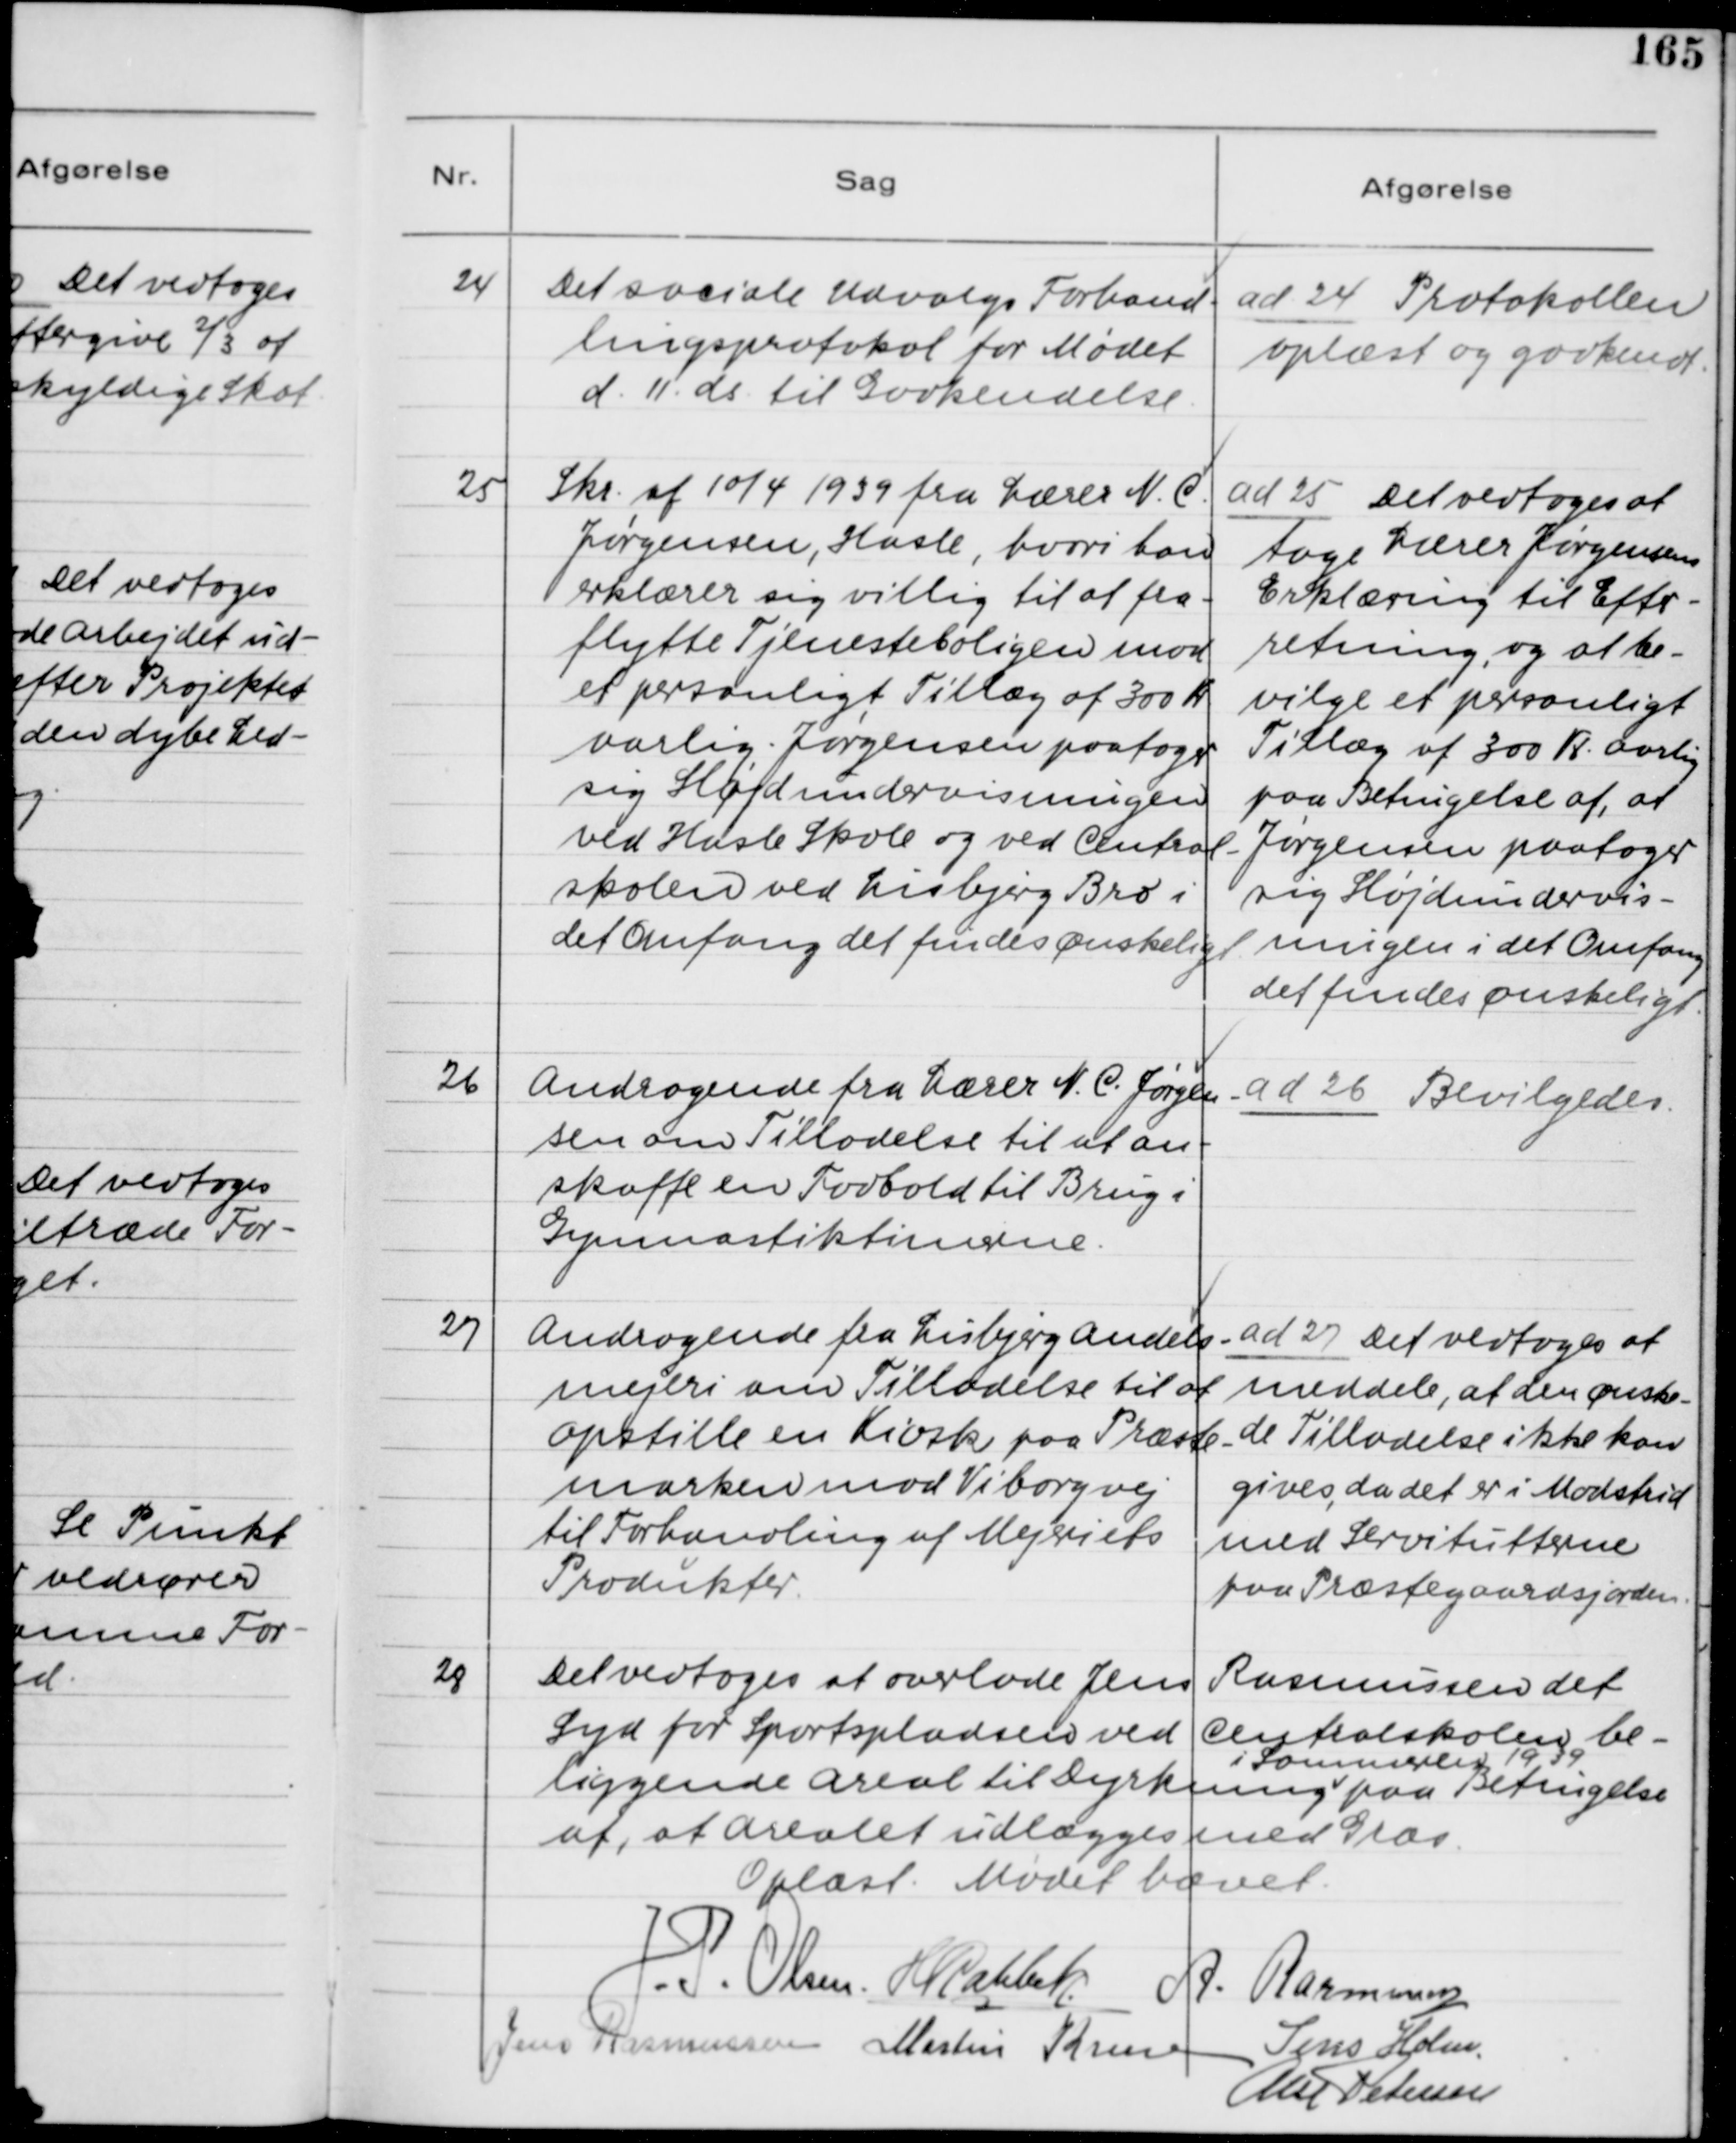
Transskription:
24

Det sociale Udvalgs Forhand-
lingsprotokol for Mødet
d. 11. ds. til Godkendelse.

ad 24. Protokollen
oplæst og godkendt

25

Skr. af 10/4 39 fra Lærer N. C.
Jørgensen, Hasle, hvori han
erklærer sig villig til at fra-
flytte Tjenesteboligen mod
et personligt Tillæg af 300 Kr.
aarlig. Jørgensen paatager
sig Sløjdundervisningen
ved Hasle Skole og ved Central-
skolen ved Lisbjerg Bro i
det Omfang det findes Ønskeligt.

ad 25. Det vedtoges at
tage Lærer Jørgensens
Erklæring til Efter-
retning, og at be-
vilge et personligt
Tillæg af 300 Kr. aarlig
paa Betingelse af, at
Jørgensen paatager
sig Sløjdundervis-
ningen i det Omfang
det findes ønskeligt.

26

Andragende fra Lærer N. C. Jørgen-
sen om Tilladelse til at an-
skaffe en Fodbold til Brug i
Gymnastiktimerne.

ad 26. Bevilgedes.

27

Andragende fra Lisbjerg Andels-
mejeri om Tilladelse til at
opstille en Kiosk paa Præste-
marken mod Viborgvej
til Forhandling af Mejeriets
Produkter.

ad 27. Det vedtoges at
meddele, at den ønske-
de Tilladelse ikke kan
gives, da det er i Modstrid
med Servitutterne
paa Præstegaardsjorden.

28

Det vedtoges at overlade Jens Rasmussen det
Syd for Sportspladsen ved Centralskolen, be-
liggende Areal til Dyrkning i Sommeren 1939 paa Betingelse
af, at Arealet udlægges med Græs.

Oplæst. Mødet hævet